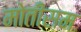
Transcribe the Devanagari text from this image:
मोतीसम